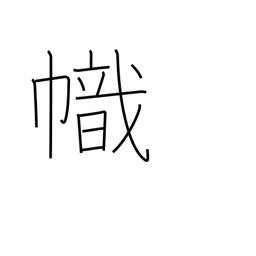
Meaning: streamer